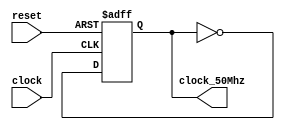
`timescale 1ns / 1ps
//////////////////////////////////////////////////////////////////////////////////
// Company: 
// Engineer: 
// 
// Design Name: 
// Module Name:    CLOCK_50MHz 
// Project Name: 
// Target Devices: 
// Tool versions: 
// Description: 
//
// Dependencies: 
//
// Revision: 
// Revision 0.01 - File Created
// Additional Comments: 
//
//////////////////////////////////////////////////////////////////////////////////
module CLOCK_50MHz(
	clock,
   clock_50Mhz,
	reset
);
//Input Ports
input wire clock;
input wire reset;

//Output Ports
output reg clock_50Mhz;



//Others
wire temporal;

//----------------------CODE -----------------
always @(posedge clock,posedge reset)

	if(reset) begin
		clock_50Mhz <= 1'b0;
	end else begin
		clock_50Mhz <= temporal;
	end
	
assign temporal = ~clock_50Mhz;

endmodule